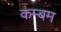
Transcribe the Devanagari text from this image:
कम्बम